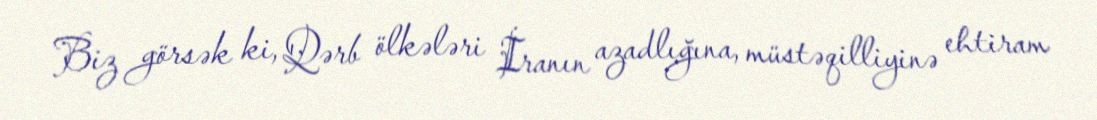
Biz görsək ki, Qərb ölkələri İranın azadlığına, müstəqilliyinə ehtiram